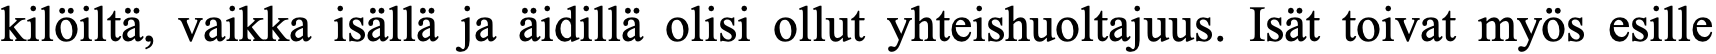
kilöiltä, vaikka isällä ja äidillä olisi ollut yhteishuoltajuus. Isät toivat myös esille